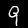
Label: 9